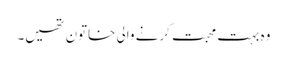
وہ بہت محبت کرنے والی خاتون تھیں۔